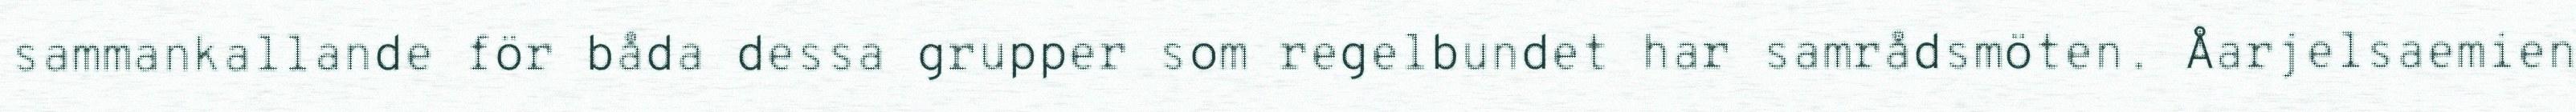
sammankallande för båda dessa grupper som regelbundet har samrådsmöten. Åarjelsaemien